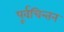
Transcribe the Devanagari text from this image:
पूर्वचिन्तन